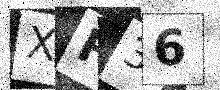
Text: XF36